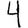
Digit: 4